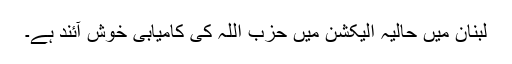
لبنان میں حالیہ الیکشن میں حزب اللہ کی کامیابی خوش آئند ہے۔